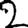
Digit: 2